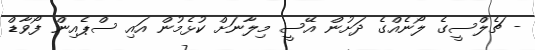
- ޗެލްސީގެ ލޯނެއްގެ ދަށުން އޭސީ މިލާނަށް ކުޅެމުން އައި ސްޕެއިން ފޯވާޑް